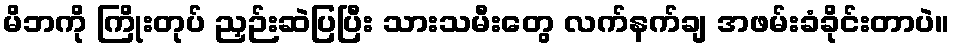
မိဘကို ကြိုးတုပ် ညှဉ်းဆဲပြပြီး သားသမီးတွေ လက်နက်ချ အဖမ်းခံခိုင်းတာပဲ။